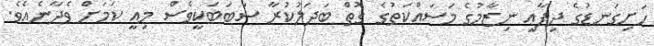
ހަށިގަނޑުގެ ދިފާޢީ ނިޒާމުގެ މަސައްކަތުގެ ގޮތް ބަދަލުކުރާ ސަބަބަކީވެސް މިއީ ކަމަށް ވެދާނެއެވެ.